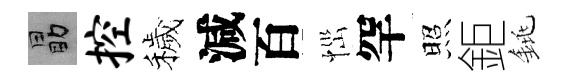
勗控穢減百𢙉罕照鉅銚